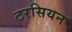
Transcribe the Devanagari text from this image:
टरसियन